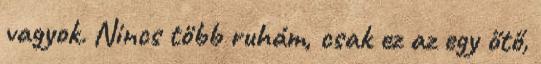
vagyok. Nincs több ruhám, csak ez az egy őtő,